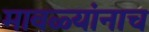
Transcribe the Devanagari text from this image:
मावळ्यांनाच